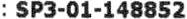
: SP3-01-148852